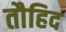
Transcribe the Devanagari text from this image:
तौहिद